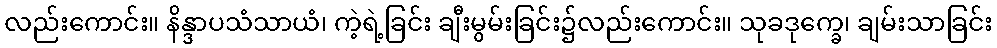
လည်းကောင်း။ နိန္ဒာပသံသာယံ၊ ကဲ့ရဲ့ခြင်း ချီးမွမ်းခြင်း၌လည်းကောင်း။ သုခဒုက္ခေ၊ ချမ်းသာခြင်း